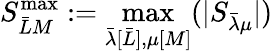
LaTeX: S_{\bar{L}M}^{\mathrm{max}}:=\operatorname*{max}_{\bar{\lambda}[\bar{L}],\mu[M]}(|S_{\bar{\lambda}\mu}|)